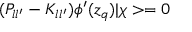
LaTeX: ( P _ { l l ^ { \prime } } - K _ { l l ^ { \prime } } ) \phi ^ { \prime } ( z _ { q } ) | \chi > = 0